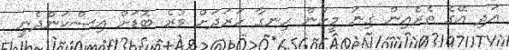
އަދި އޭގެ ތެރެއިން ގިނަ މީހުން ހިނގާ ހަރަދަށް ވުރެ ބޮޑަށް އިސްކަންދެނީ